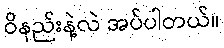
ဝိနည်းနဲ့လဲ အပ်ပါတယ်။